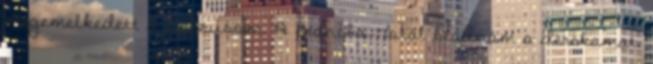
megemelkedett a pulzusom. A francba. Totál beadnám a derekamat,